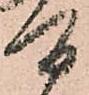
間